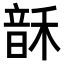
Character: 𬰻